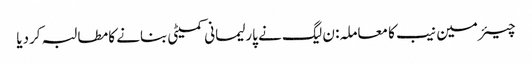
چیئرمین نیب کا معاملہ: ن لیگ نے پارلیمانی کمیٹی بنانے کا مطالبہ کردیا